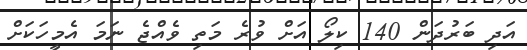
އަދި ބަރުދަން 140 ކިލޯ އަށް ވުރެ މަތި ވެއްޖެ ނަމަ އެމީހަކަށް